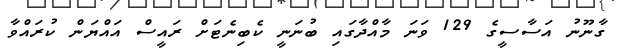
ގާނޫނު އަސާސީގެ 129 ވަނަ މާއްދާގައި ބުނަނީ ކެބިނެޓަށް ރައީސް އައްޔަން ކުރައްވާ